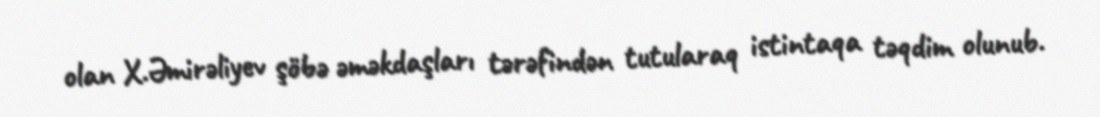
olan X.Əmirəliyev şöbə əməkdaşları tərəfindən tutularaq istintaqa təqdim olunub.